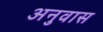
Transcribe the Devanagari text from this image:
अनुवास